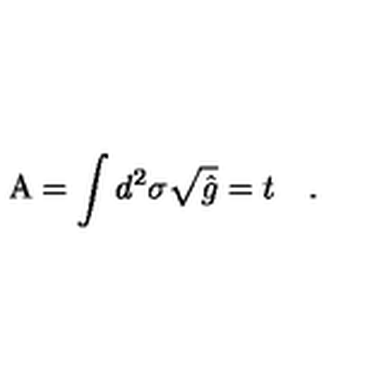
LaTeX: \mathrm { A } = \int d ^ { 2 } \sigma { \sqrt { \hat { g } } } = t \quad .